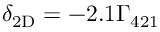
\ensuremath { \delta _ { \mathrm { 2 D } } } = - 2 . 1 \ensuremath { \Gamma _ { 4 2 1 } }